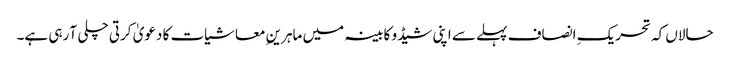
حالاں کہ تحریکِ انصاف پہلے سے اپنی شیڈو کابینہ میں ماہرینِ معاشیات کا دعویٰ کرتی چلی آ رہی ہے۔